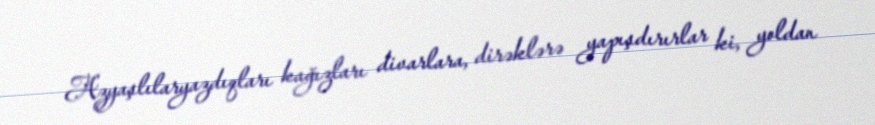
Azyaşlılaryazdıqları kağızları divarlara, dirəklərə yapışdırırlar ki, yoldan